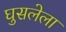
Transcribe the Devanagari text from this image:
घुसलेला